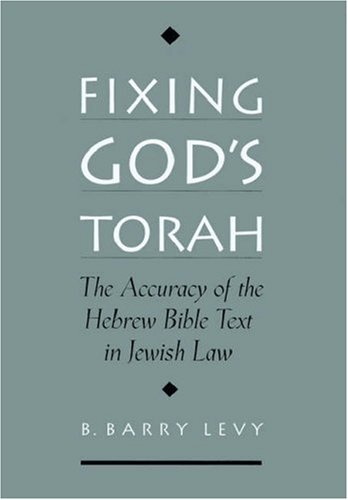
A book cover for Fixing God's Torah: The Accuracy of the Hebrew Bible Text in Jewish Law; B. Barry Levy; Religion & Spirituality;